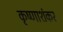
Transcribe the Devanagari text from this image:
कृष्णाशंकर